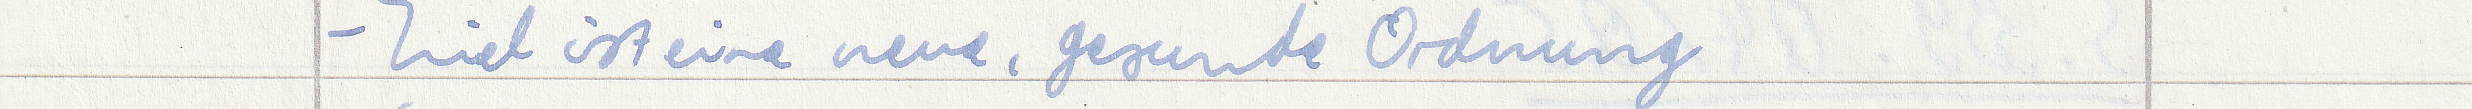
- Ziel ist eine neue, gesunde Ordnung